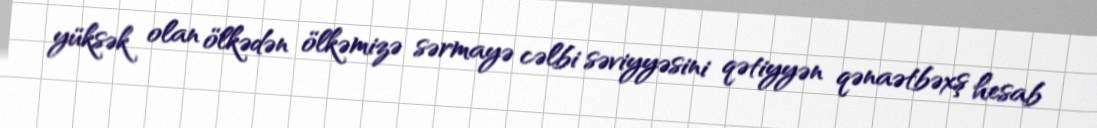
yüksək olan ölkədən ölkəmizə sərmayə cəlbi səviyyəsini qətiyyən qənaətbəxş hesab